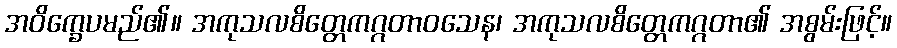
အဝိက္ခေပမည်၏။ အကုသလစိတ္တေကဂ္ဂတာဝသေန၊ အကုသလစိတ္တေကဂ္ဂတာ၏ အစွမ်းဖြင့်။